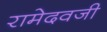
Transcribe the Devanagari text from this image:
रामेदवजी